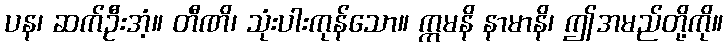
ပန၊ ဆက်ဦးအံ့။ တီဏိ၊ သုံးပါးကုန်သော။ ဣမနိ နာမာနိ၊ ဤအမည်တို့ကို။